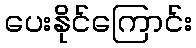
ပေးနိုင်ကြောင်း